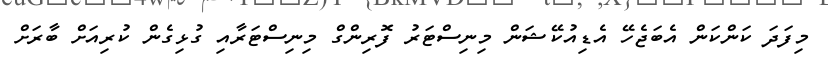
މިފަަދަ ކަންކަން އެބަޖެހޭ އެޑިއުކޭޝަން މިނިސްޓަރު ފޮރިންގް މިނިސްޓަރާއި ގުޅިގެން ކުރިއަށް ބާރަށް